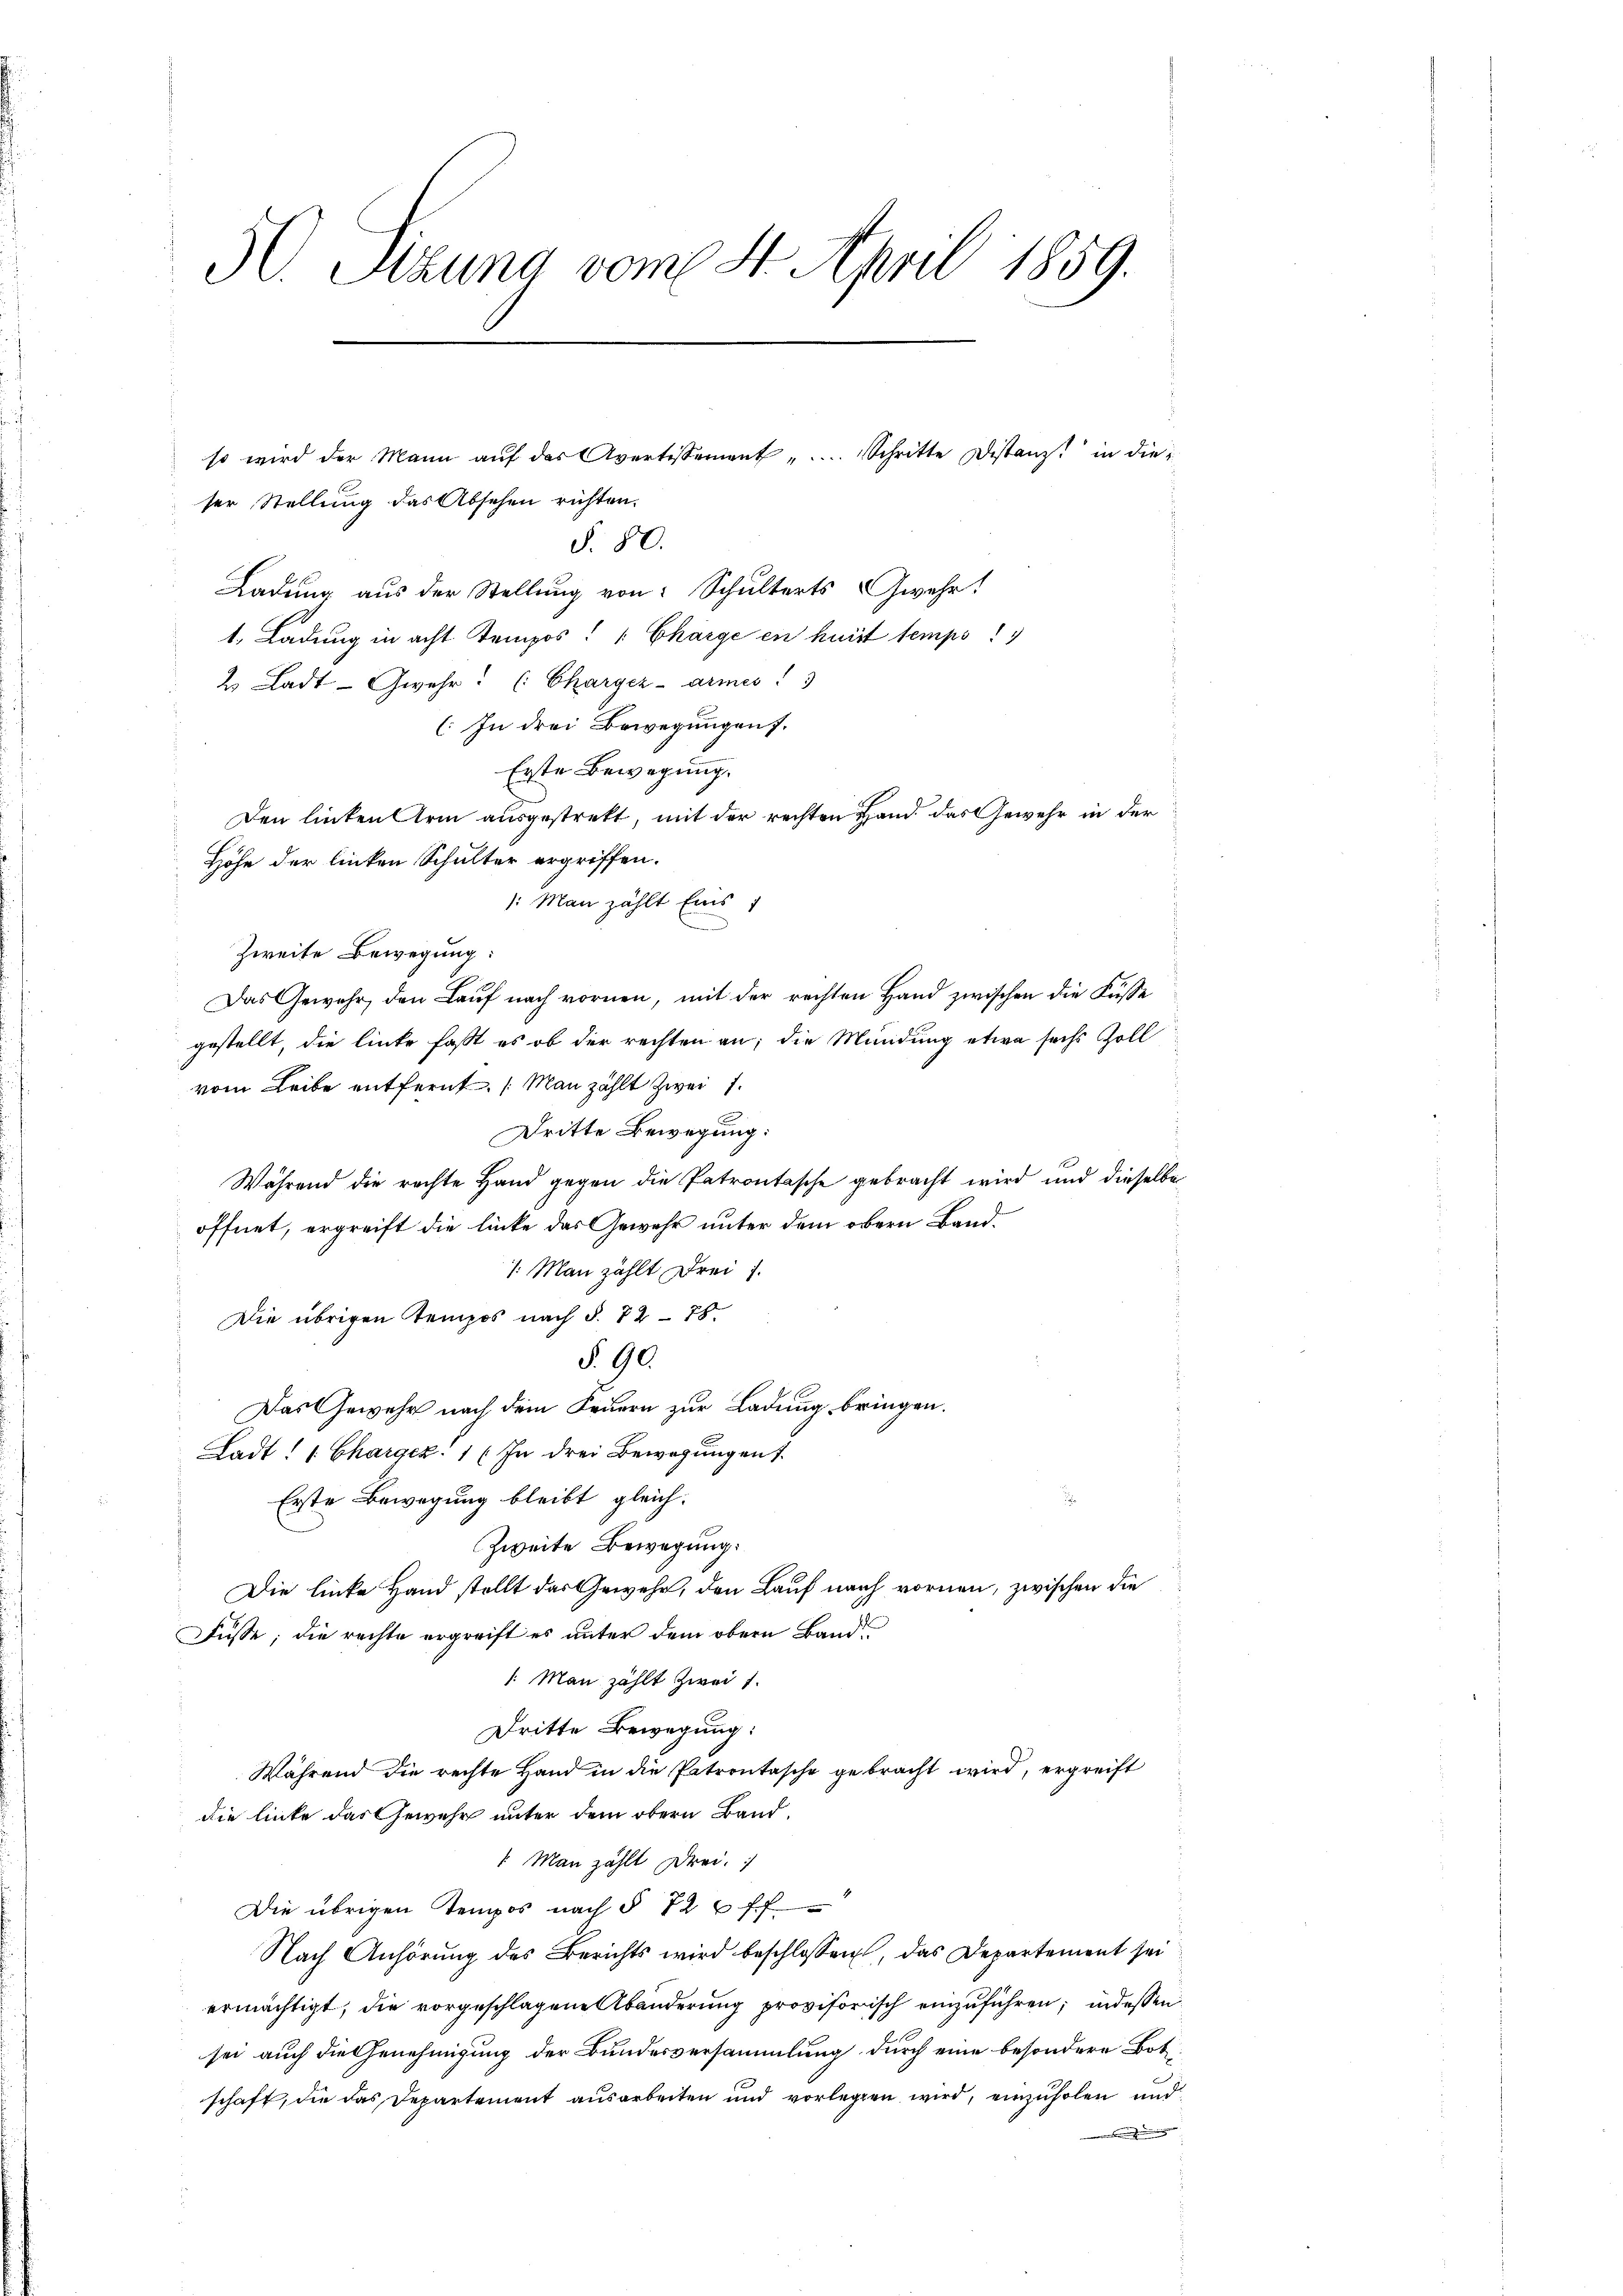
50. Sizung vom 4. April 1859.

ser Stellung das Absehen richten.
§. 80.
Ladung aus der Stellung von Schulterts & Gwehr!
t. Ladung in acht Stempos: " Charge en huirt temps
2 Ladt-Gwehr? (: Charger- armes!
(In drei Bewegungen.
Erste Bewegung.
Den linken Arm ausgestrett, mit der rechten Hand das Gewehr in der
Höhe der linken Schulter ergriffen.
: Man zählt Eins 1
Zweite Bewegung:
d
Das Gewehr, den Laŭf nach vornen, mit der rechten Hand zwischen die Füsse
gestellt, die linke fasst es ob der rechten an; die Mündung etwa sechs Zoll
vom Leibe entfernt. (Man zählt zwei
Dritte Bewegung:
Während die rechte Hand gegen die Patrontasche gebracht wird und dieselbe
öffnet, ergreift die linke das Gewehr unter dem obern Band¬
1. Man zählt drei 7.
Die übrigen temps nach §. 72 - 75.
§. 90.
Das Gewehr nach dem Feuern zur Ladung bringen.
Ladt. Chargez. 1 (In drei Bewegungen 1.
Erste Bewegung bleibt gleich-
Zweite Bewegung:
Die linke Hand stellt das Gewehr, den Lauf nach vornen, zwischen die
Füsse; die rechte ergreift es unter dem obern Band
1. Man zählt zwei 1
Dritte Bewegung:
Während die rechte Hand in die Patrontasche gebracht wird, ergreift
die linke das Gewehr unter dem obern Band-
1 Man zählt Drei.
Die übrigen Tempos nach § 72 ff
Nach Anhörung des Berichts wird beschlossen, das Departement sei
ermächtigt, die vorgeschlagene Abänderung provisorisch einzuführen, indessen
sei auch die Genehmigung der Bundesversammlung durch eine besondere Botschaft, die das Departement ausarbeiten und vorlegen wird, einzŭholen und

so wird der Mann aŭf das Avertissement ... Schritte Distanz in die